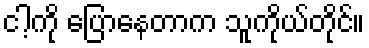
ငါ့ကို ပြောနေတာက သူကိုယ်တိုင်။